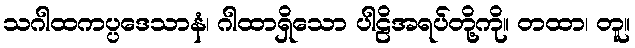
သဂါထကပ္ပဒေသာနံ၊ ဂါထာရှိသော ပါဠိအရပ်တို့ကို။ တထာ၊ တူ။